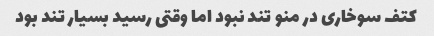
کتف سوخاری در منو تند نبود اما وقتی رسید بسیار تند بود